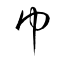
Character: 巾